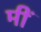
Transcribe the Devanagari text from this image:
मीं